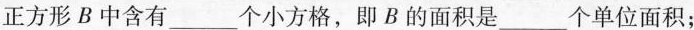
正方形B中含有___个小方格，即B的面积是___个单位面积；